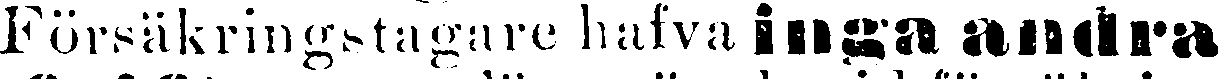
Försäkringstagare hafva inga andra